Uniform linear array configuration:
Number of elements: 4
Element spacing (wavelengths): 1
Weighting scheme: kaiser
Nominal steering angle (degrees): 15
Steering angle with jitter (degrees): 16.086
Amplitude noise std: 0.05
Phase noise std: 0.05

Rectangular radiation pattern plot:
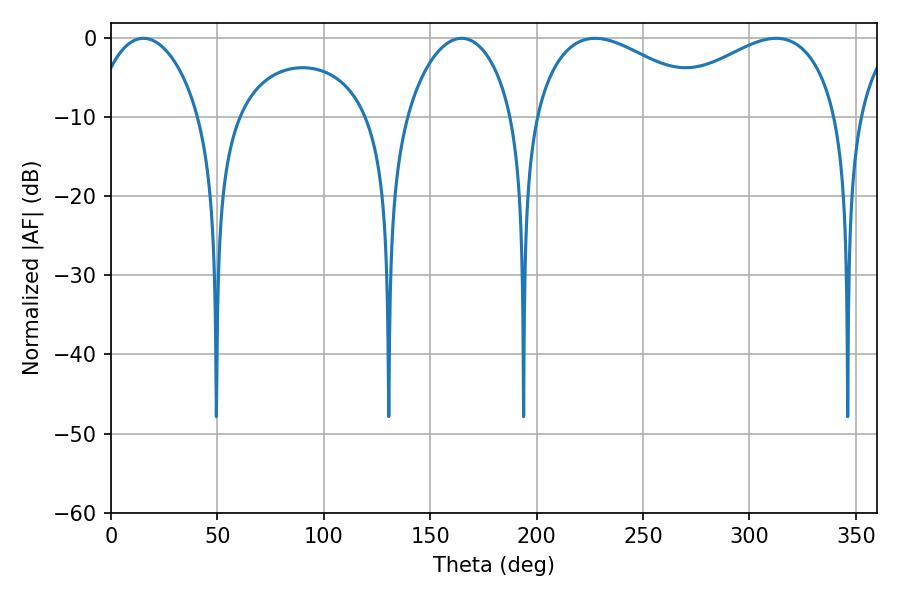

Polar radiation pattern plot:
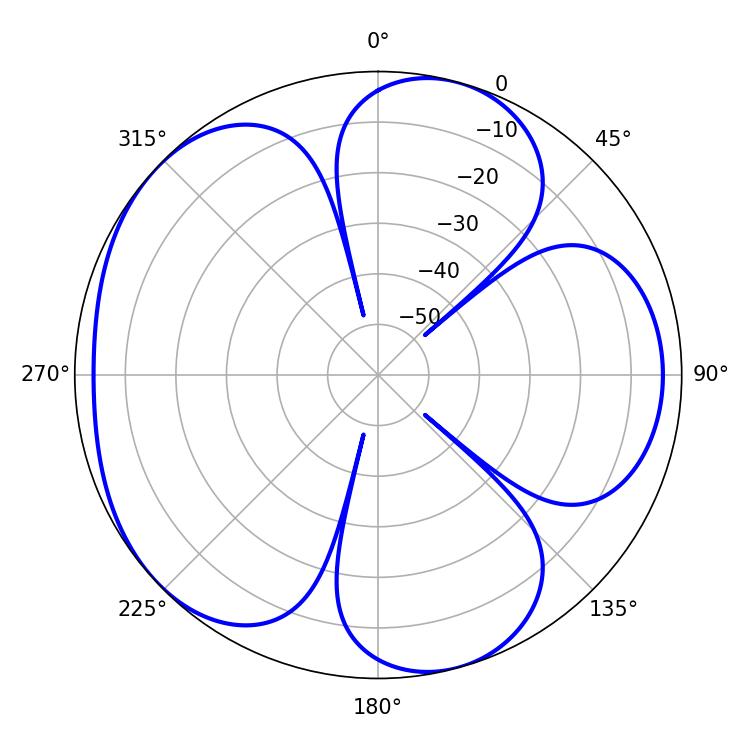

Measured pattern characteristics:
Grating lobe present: TRUE
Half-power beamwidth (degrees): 47.16
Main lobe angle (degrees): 227.52